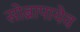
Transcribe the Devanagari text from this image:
सोब्रापायेव